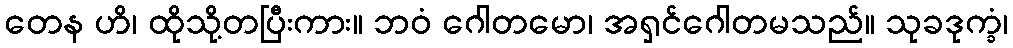
တေန ဟိ၊ ထိုသို့တပြီးကား။ ဘဝံ ဂေါတမော၊ အရှင်ဂေါတမသည်။ သုခဒုက္ခံ၊